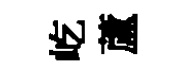
屹蘆